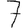
Digit: 7